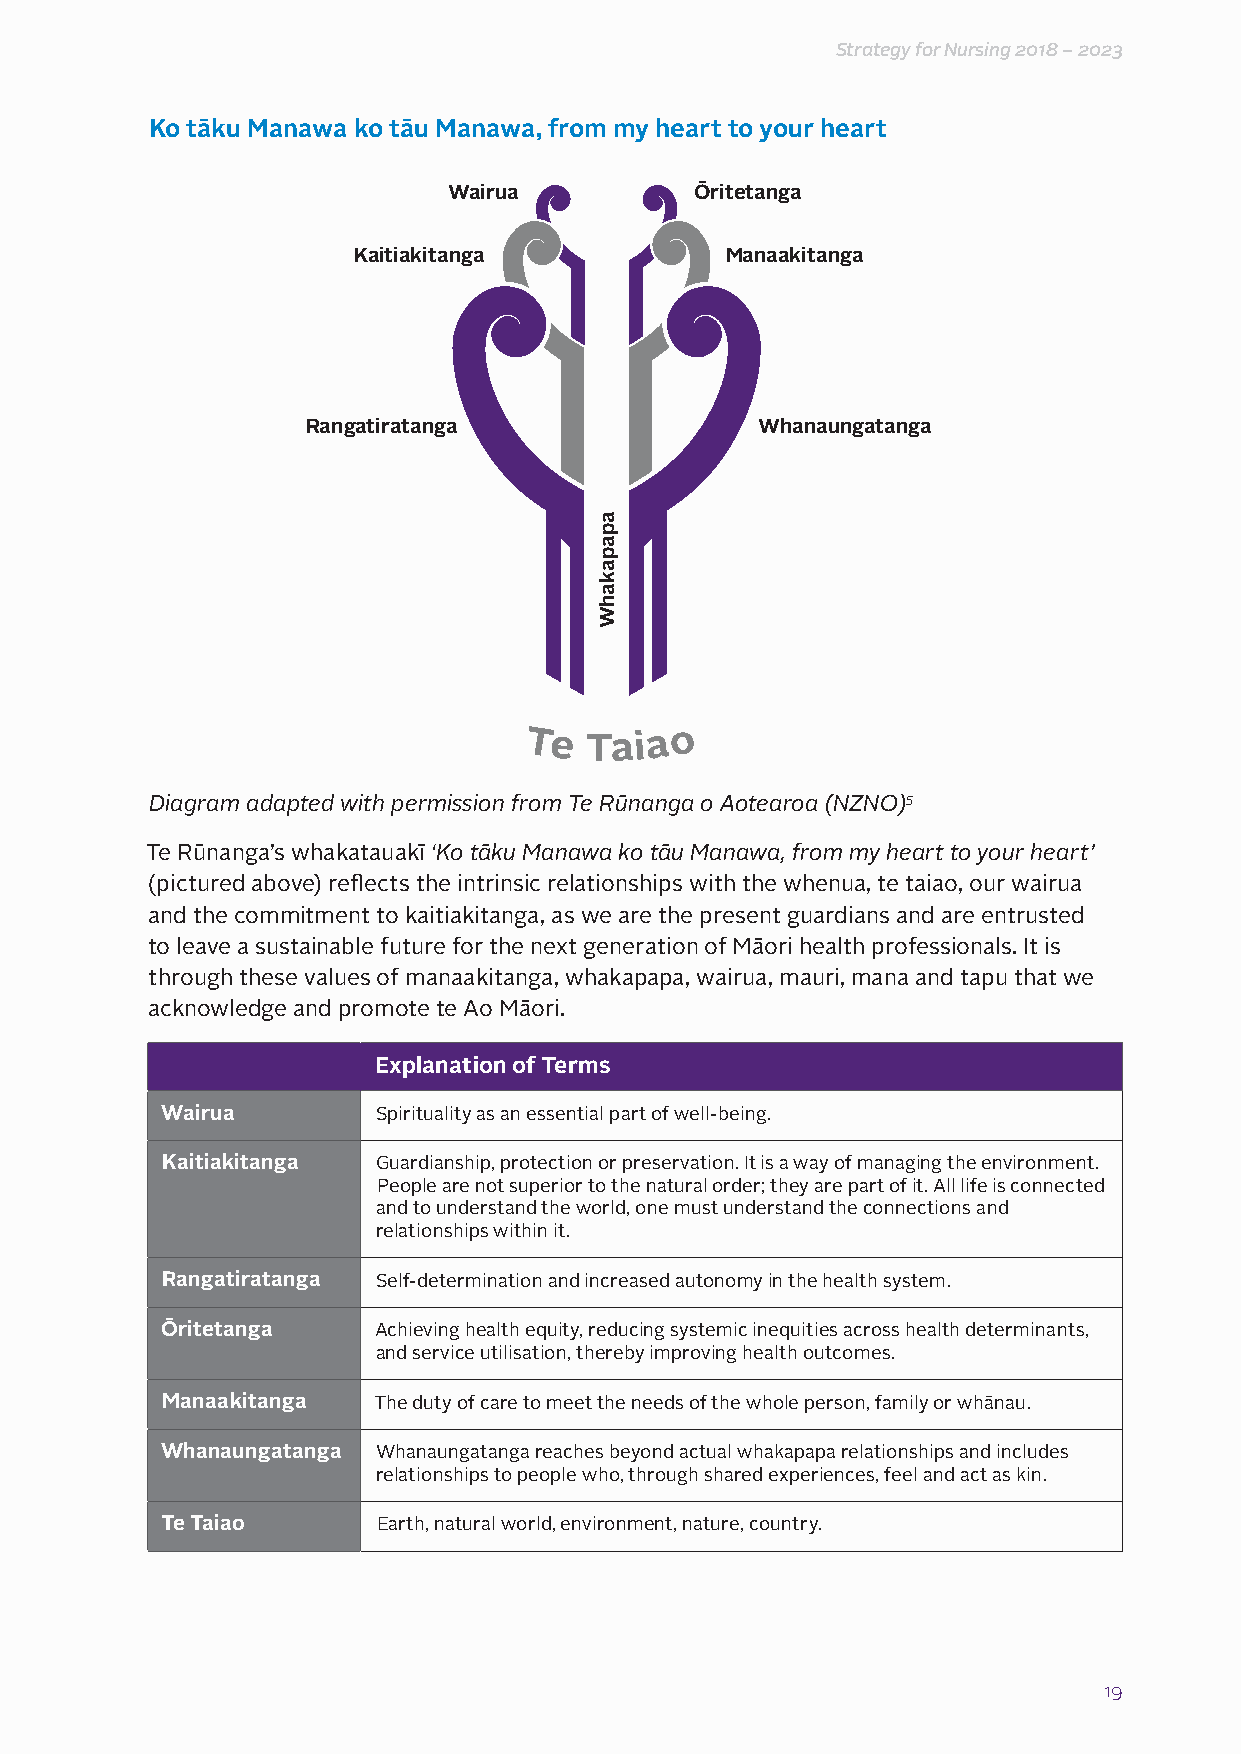
Strategy for Nursing 2018 – 2023
 Ko tāku Manawa ko tāu Manawa, from my heart to your heart
 Wairua          Ōritetanga
 Kaitiakitanga            Manaakitanga
 Rangatiratanga                Whanaungatanga
 Te  Taia  o
 Diagram adapted with permission from Te Rūnanga o Aotearoa (NZNO)5
 Te Rūnanga’s whakatauakī ‘Ko tāku Manawa ko tāu Manawa, from my heart to your heart’
 (pictured above) reflects the intrinsic relationships with the whenua, te taiao, our wairua
 and the commitment to kaitiakitanga, as we are the present guardians and are entrusted
 to leave a sustainable future for the next generation of Māori health professionals. It is
 through these values of manaakitanga, whakapapa, wairua, mauri, mana and tapu that we
 acknowledge and promote te Ao Māori.
 Explanation of Terms
 Wairua        Spirituality as an essential part of well-being.
 Kaitiakitanga Guardianship, protection or preservation. It is a way of managing the environment.
 People are not superior to the natural order; they are part of it. All life is connected
 and to understand the world, one must understand the connections and
 relationships within it.
 Rangatiratanga Self-determination and increased autonomy in the health system.
 Ōritetanga    Achieving health equity, reducing systemic inequities across health determinants,
 and service utilisation, thereby improving health outcomes.
 Manaakitanga  The duty of care to meet the needs of the whole person, family or whānau.
 Whanaungatanga Whanaungatanga reaches beyond actual whakapapa relationships and includes
 relationships to people who, through shared experiences, feel and act as kin.
 Te Taiao      Earth, natural world, environment, nature, country.
 19
 apapakahW